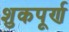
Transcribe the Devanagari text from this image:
शुकपूर्ण